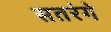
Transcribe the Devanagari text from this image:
सतरंगे